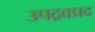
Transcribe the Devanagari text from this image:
उपद्रवप्रद